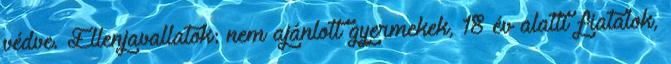
védve. Ellenjavallatok: nem ajánlott gyermekek, 18 év alatti fiatalok,